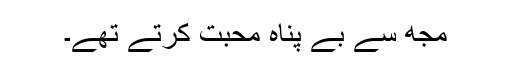
مجھ سے بے پناہ محبت کرتے تھے۔